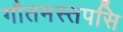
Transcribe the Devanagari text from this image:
गौतमस्तपसि